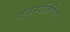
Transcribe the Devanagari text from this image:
वनस्पतिविद्